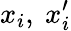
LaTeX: x_{i},\ x_{i}^{\prime}